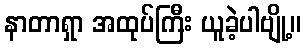
နာတာရှာ အထုပ်ကြီး ယူခဲ့ပါဗျို့။